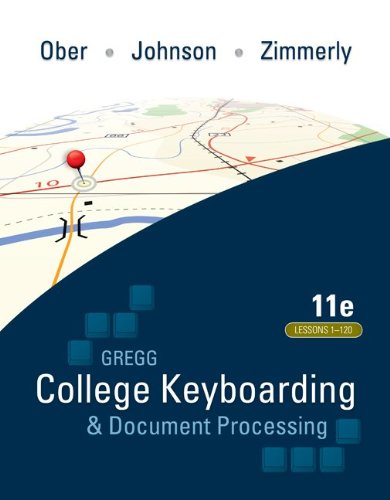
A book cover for Gregg College Keyboarding & Document Processing (GDP); Lessons 1-120, main text; Scot Ober; Business & Money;